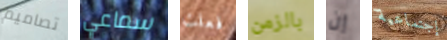
تصاميم سماعي فعلت بالزمن إن إجتماعية